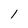
Character: 1